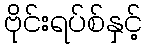
ဗိုင်းရပ်စ်နှင့်